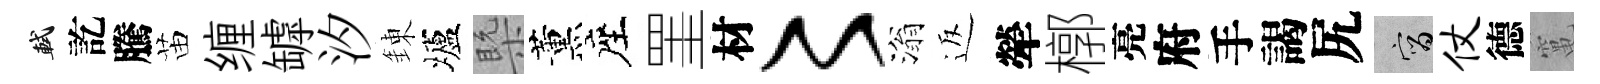
軾訖騰苗缠罅汐錬壚槩薰座罣材〻滃返犖槨亮府手謁尻宵仗德𥧄